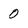
Character: 0